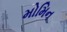
મોમિન